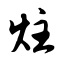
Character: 炷